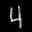
Label: 4